Lunatic asylums Burma 1922-24 - 1922-1924
Year: 1922
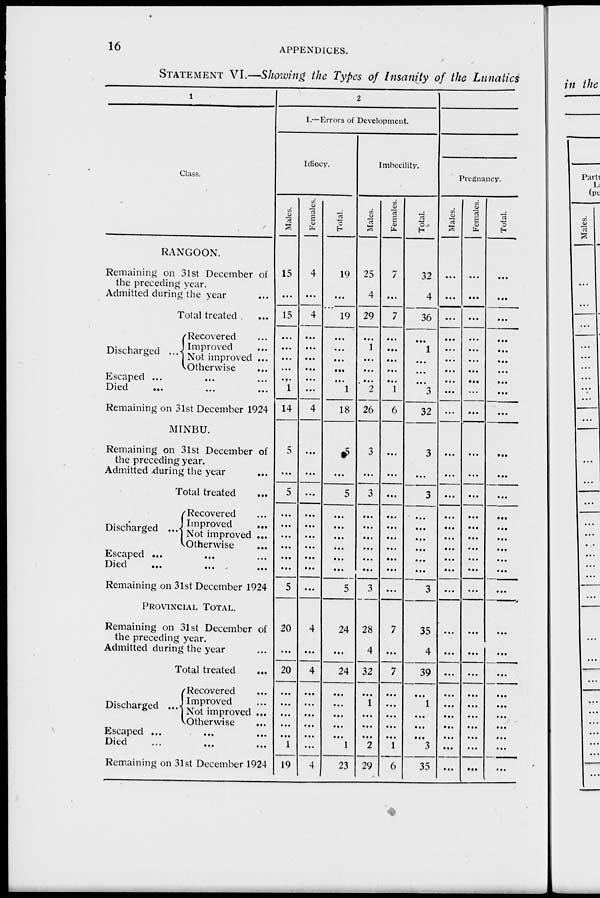
16
APPENDICES.
STATEMENT VI.—Showing the Types of Insanity of the Lunatics
1
Class.
RANGOON.
Remaining on 31st December of
the preceding year.
Admitted during the year ...
Total treated ...
Discharged
...
Recovered ...
Improved ...
Not improved ...
Otherwise ...
Escaped ... ... ...
Died ... ... ...
Remaining on 31st December 1924
MINBU.
Remaining on 31st December of
the preceding year.
Admitted during the year ...
Total treated ...
Discharged
...
Recovered ...
Improved ...
Not improved ...
Otherwise
...
Escaped ... ... ...
Died ... ... ...
Remaining on 31st December 1924
PROVINCIAL TOTAL.
Remaining on 31st December of
the preceding year.
Admitted during the year ...
Total treated ...
Discharged ...
Recovered ...
Improved ...
Not improved ...
Otherwise ...
Escaped ... ... ...
Died
...
...
...
Remaining on 31st December 1924
2
I.—Errors of Development.
Idiocy.
Males.
15
...
15
...
...
...
...
...
1
14
5
...
5
...
...
...
...
...
...
5
20
...
20
...
...
...
...
...
1
19
Females.
4
...
4
...
...
...
...
...
...
4
...
...
...
...
...
...
...
...
...
...
4
...
4
...
...
...
...
...
...
4
Total.
19
...
19
...
...
...
...
...
1
18
5
...
5
...
...
...
...
...
...
5
24
...
24
...
...
...
...
...
1
23
Imbecility.
Males.
25
4
29
...
1
...
...
...
2
26
3
...
3
...
...
...
...
...
...
3
28
4
32
...
1
...
...
...
2
29
Females.
7
...
7
...
...
...
...
...
1
6
...
...
...
...
...
...
...
...
...
...
7
...
7
...
...
...
...
...
1
6
Total.
32
4
36
...
1
...
...
...
3
32
3
...
3
...
...
...
...
...
...
3
35
4
39
...
1
...
...
...
3
35
Pregnancy.
Males.
...
...
...
...
...
...
...
...
...
...
...
...
...
...
...
...
...
...
...
...
...
...
...
...
...
...
...
...
...
...
Females.
...
...
...
...
...
...
...
...
...
...
...
...
...
...
...
...
...
...
...
...
...
...
...
...
...
...
...
...
...
...
Total.
...
...
...
...
...
...
...
...
...
...
...
...
...
...
...
...
...
...
...
...
...
...
...
...
...
...
...
...
...
...